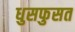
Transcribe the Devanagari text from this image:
धुसफुसत